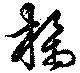
檎